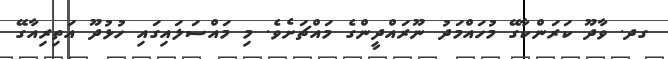
ގދ. ވާދޫ ކަރަންކާގޭ މުހައްމަދު ނޫރައްދީންގެ މައްޗަށެވެ. މި މައްސަލައިގައި ހުޅުދޫ އަތިރިއާގޭ